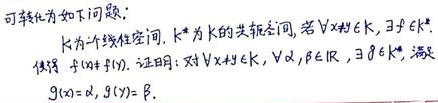
可转化为如下问题：$k$为一个线性空间，$k^{*}$为$k$的共轭空间，若$\forall x\in k$，$\exists f\in k^{*}$，使得$f(x)\neq f(y)$。证明：对$\forall x\in k$，$\forall \alpha,\beta\in \mathbb{R}$，$\exists g\in k^{*}$，满足$g(x)=\alpha$，$g(y)= \beta$。